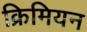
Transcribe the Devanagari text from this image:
क्रिमियन